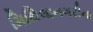
મિથિલાનગરીના